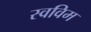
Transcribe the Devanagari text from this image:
स्वविम